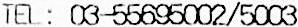
TEL: 03-55695002/5003